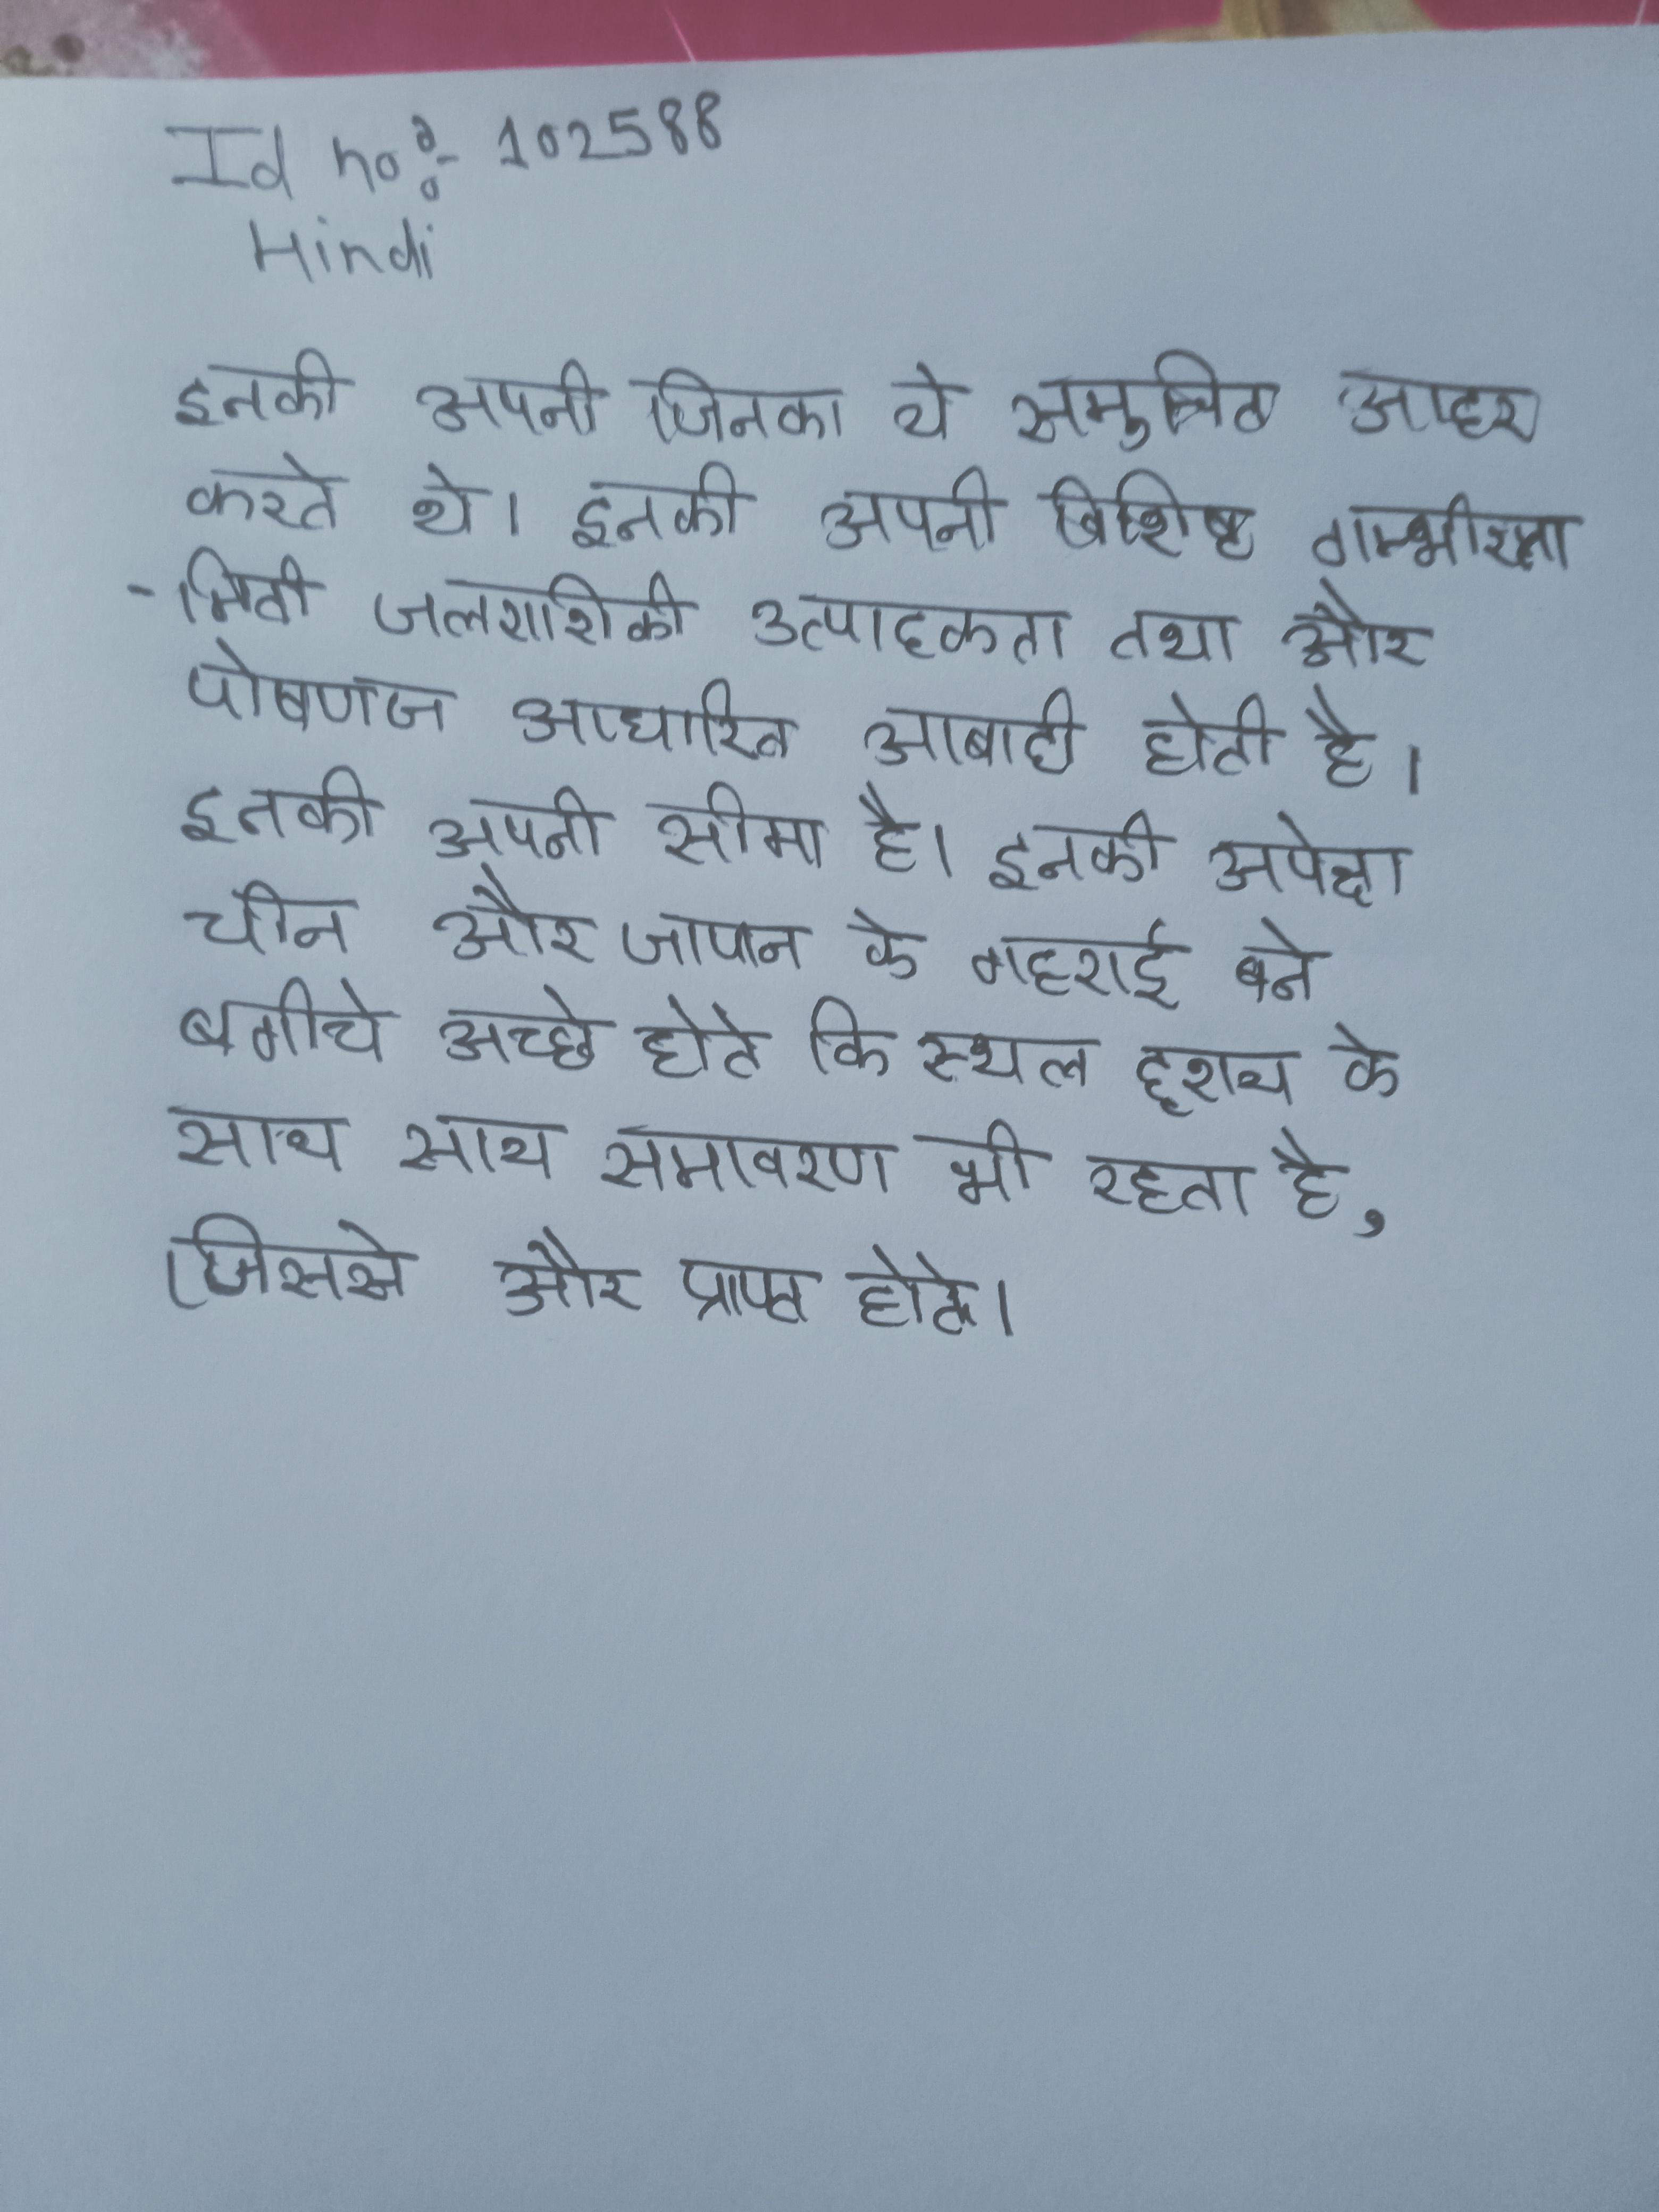
इनकी अपनी जिनका ये समुचित आदर करते थे । इनकी अपनी विशिष्ट गम्भीरतामिति जलराशिकी उत्पादकता तथा और पोषणज आधारित आबादी होती है । इनकी अपनी सीमा है । इनकी अपेक्षा चीन और जापान के गहराई बने बगीचे अच्छे होते कि स्थल दृश्य के साथ साथ समावरण भी रहता है, जिससे और प्राप्त होते ।